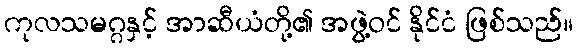
ကုလသမဂ္ဂနှင့် အာဆီယံတို့၏ အဖွဲ့ဝင် နိုင်ငံ ဖြစ်သည်။